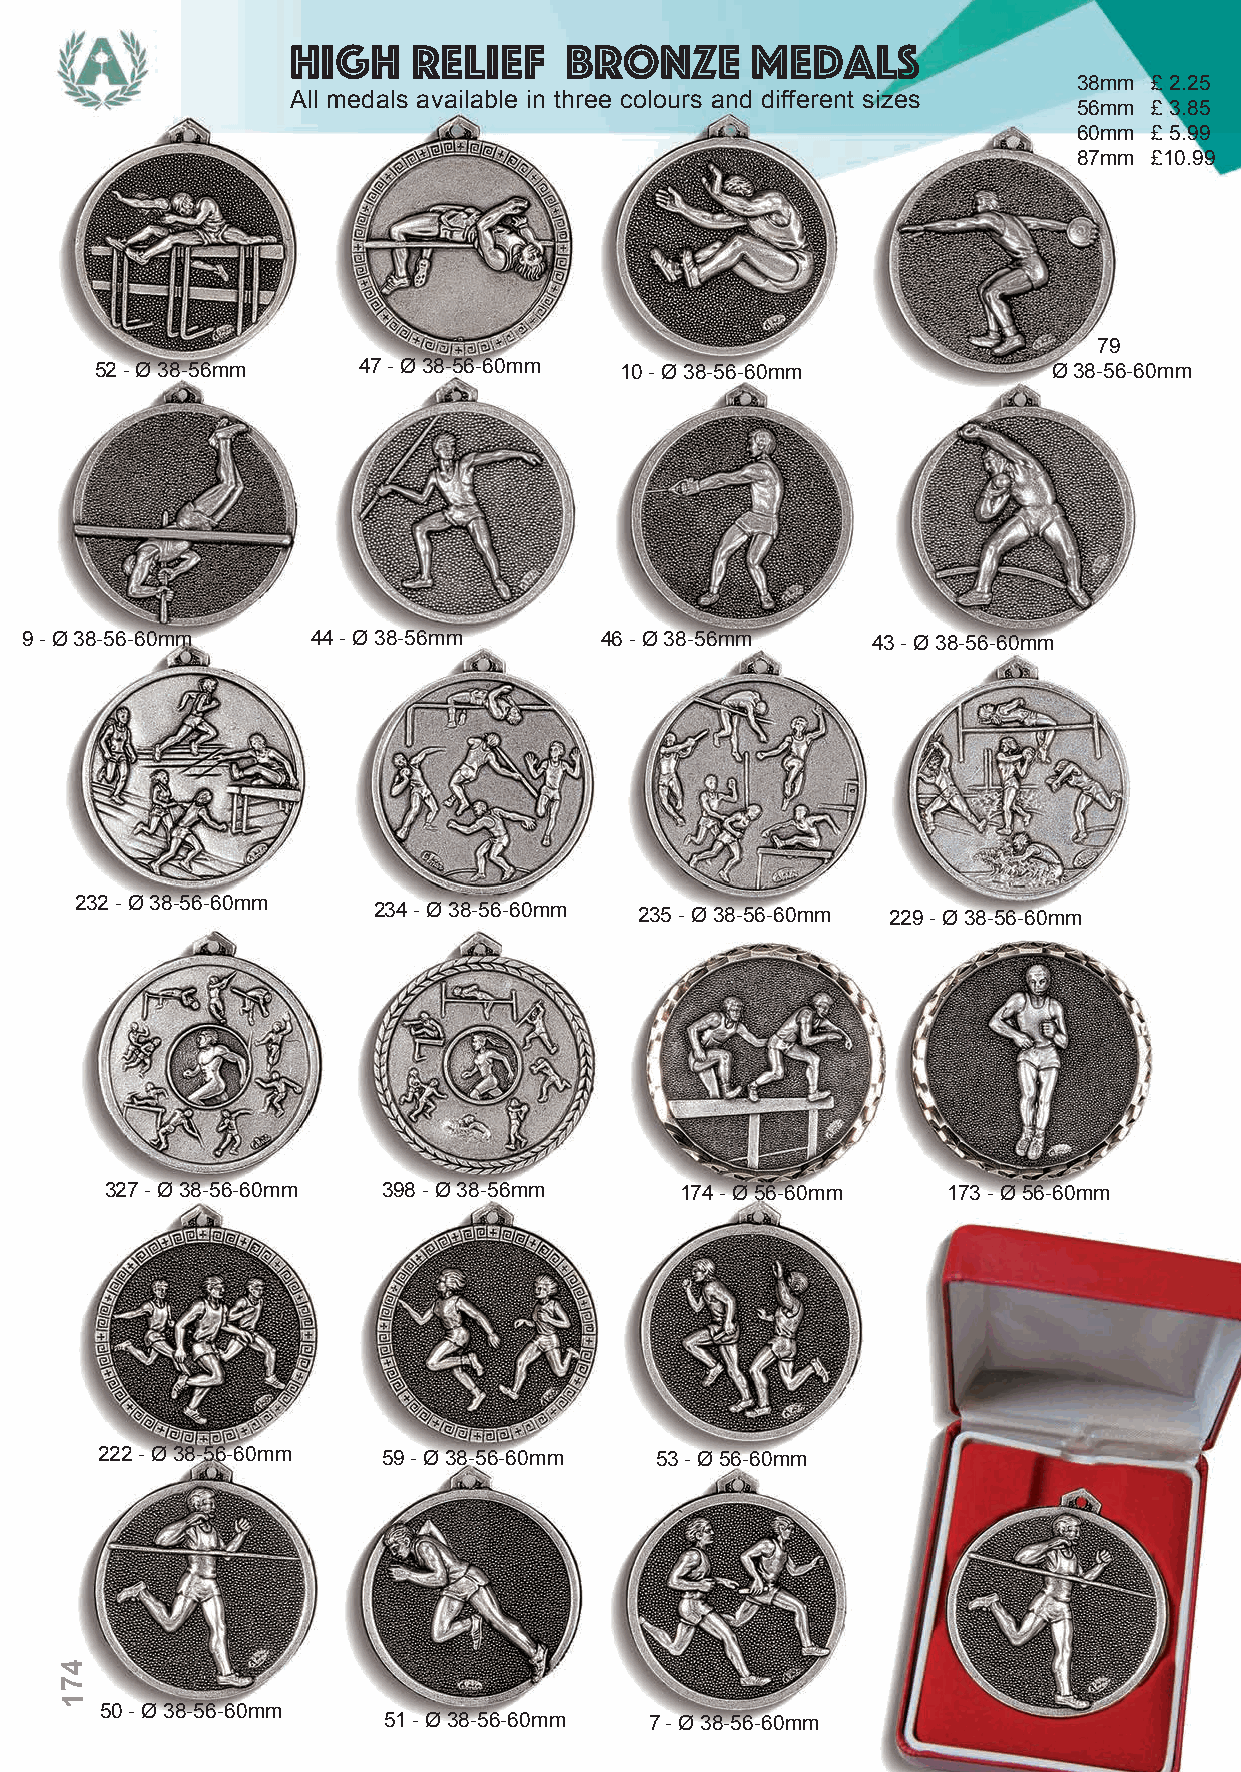
High    Relief    Bronze       Medals
 38mm £ 2.25
 All medals available in three colours and different sizes
 56mm £ 3.85
 60mm £ 5.99
 87mm £10.99
 79
 52 - Ø 38-56mm    47 - Ø 38-56-60mm 10 - Ø 38-56-60mm           Ø 38-56-60mm
 9 - Ø 38-56-60mm    44 - Ø 38-56mm     46 - Ø 38-56mm    43 - Ø 38-56-60mm
 232 - Ø 38-56-60mm
 234 - Ø 38-56-60mm 235 - Ø 38-56-60mm 229 - Ø 38-56-60mm
 327 - Ø 38-56-60mm 398 - Ø 38-56mm    174 - Ø 56-60mm   173 - Ø 56-60mm
 222 - Ø 38-56-60mm 59 - Ø 38-56-60mm 53 - Ø 56-60mm
 4
 7
 1
 50 - Ø 38-56-60mm
 51 - Ø 38-56-60mm 7 - Ø 38-56-60mm